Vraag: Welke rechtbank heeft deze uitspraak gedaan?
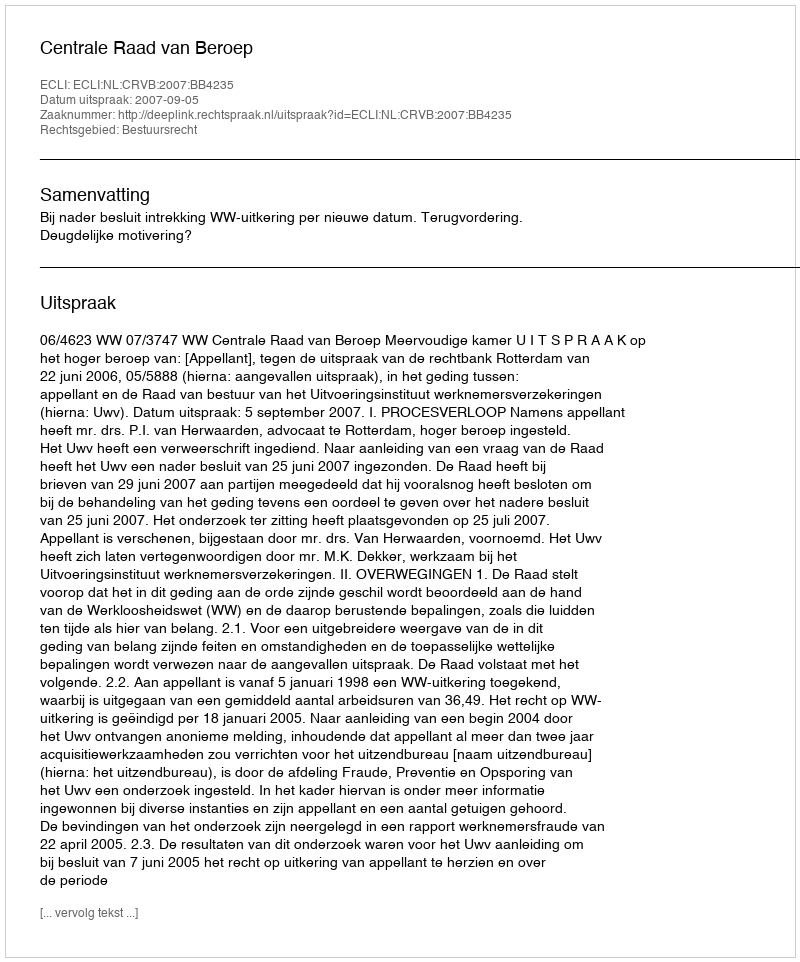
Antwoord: Centrale Raad van Beroep